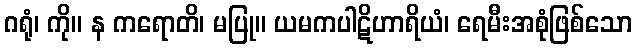
ဂရုံ၊ ကို။ န ကရောတိ၊ မပြု။ ယမကပါဋိဟာရိယံ၊ ရေမီးအစုံဖြစ်သော